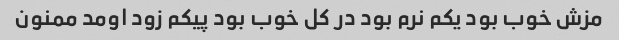
مزش خوب بود یکم نرم بود در کل خوب بود پیکم زود اومد ممنون